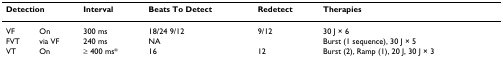
<table><thead><tr><td colspan="2"><b>Detection</b></td><td><b>Interval</b></td><td><b>Beats To Detect </b></td><td><b>Redetect</b></td><td><b>Therapies</b></td></tr></thead><tbody><tr><td>VF</td><td>On</td><td>300 ms</td><td>18/24 9/12</td><td>9/12</td><td>30 J × 6</td></tr><tr><td>FVT</td><td>via VF</td><td>240 ms</td><td>NA</td><td></td><td>Burst (1 sequence), 30 J × 5</td></tr><tr><td>VT</td><td>On</td><td>≥ 400 ms*</td><td>16</td><td>12</td><td>Burst (2), Ramp (1), 20 J, 30 J × 3</td></tr></tbody></table>